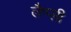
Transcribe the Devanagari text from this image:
लैप्प्ली